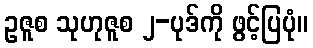
ဥဇူစ သုဟုဇူစ ၂-ပုဒ်ကို ဖွင့်ပြပုံ။